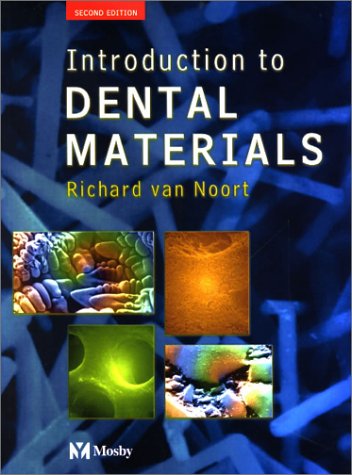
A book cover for Introduction to Dental Materials, 2e; Richard Van Noort BSc  DPhil  DSc  FAD  FRSA; Medical Books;